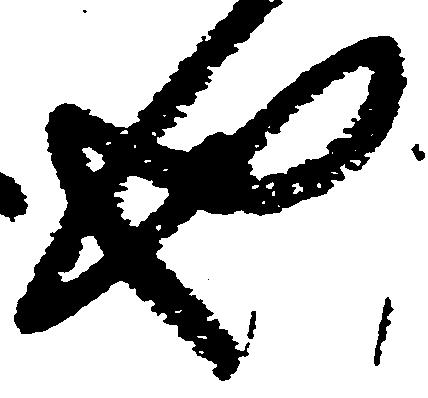
也